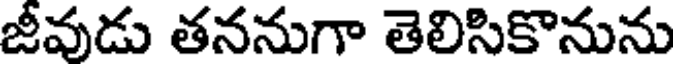
జీవుడు తననుగా తెలిసికొనును